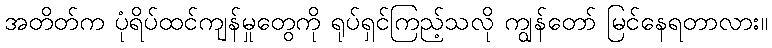
အတိတ်က ပုံရိပ်ထင်ကျန်မှုတွေကို ရုပ်ရှင်ကြည့်သလို ကျွန်တော် မြင်နေရတာလား။